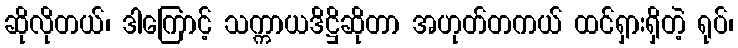
ဆိုလိုတယ်၊ ဒါကြောင့် သက္ကာယဒိဋ္ဌိဆိုတာ အဟုတ်တကယ် ထင်ရှားရှိတဲ့ ရုပ်၊